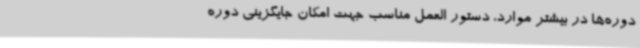
دوره‌ها در بیشتر موارد، دستور العمل مناسب جهت امکان جایگزینی دوره